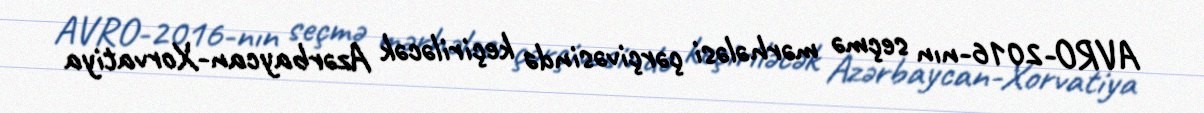
AVRO-2016-nın seçmə mərhələsi çərçivəsində keçiriləcək Azərbaycan-Xorvatiya